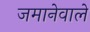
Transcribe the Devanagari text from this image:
जमानेवाले